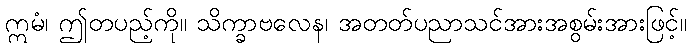
ဣမံ၊ ဤတပည့်ကို။ သိက္ခာဗလေန၊ အတတ်ပညာသင်အားအစွမ်းအားဖြင့်။